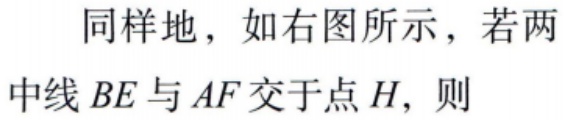
同样地，如右图所示，若两
中线 \(BE\) 与 \(AF\) 交于点 \(H\)，则